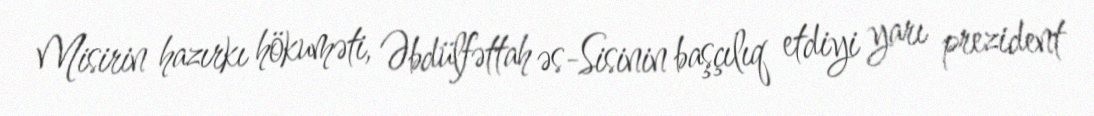
Misirin hazırkı hökuməti, Əbdülfəttah əs-Sisinin başçılıq etdiyi yarı prezident